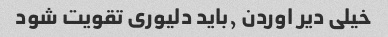
خیلی دیر اوردن ٫باید دلیوری تقویت شود